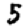
Digit: 5